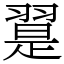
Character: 翨